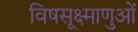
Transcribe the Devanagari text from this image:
विषसूक्ष्माणुओं